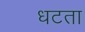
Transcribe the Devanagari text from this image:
धटता